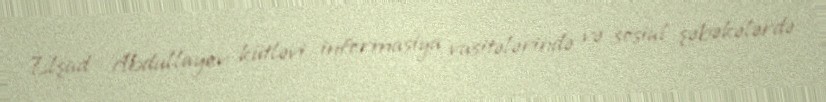
Elşad Abdullayev kütləvi informasiya vasitələrində və sosial şəbəkələrdə